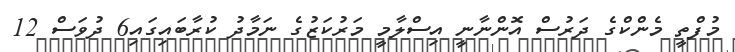
މުފްތީ މެންކްގެ ދަރުސް އޮންނާނީ އިސްލާމީ މަރުކަޒުގެ ނަމާދު ކުރާބައިގައި6 ދުވަސް 12